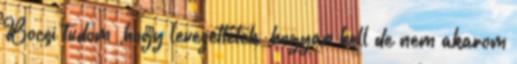
Bocsi tudom ,hogy levezettétek ,hogyan kell de nem akarom